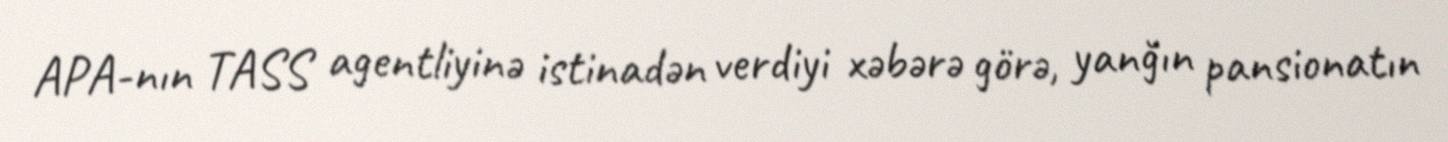
APA-nın TASS agentliyinə istinadən verdiyi xəbərə görə, yanğın pansionatın